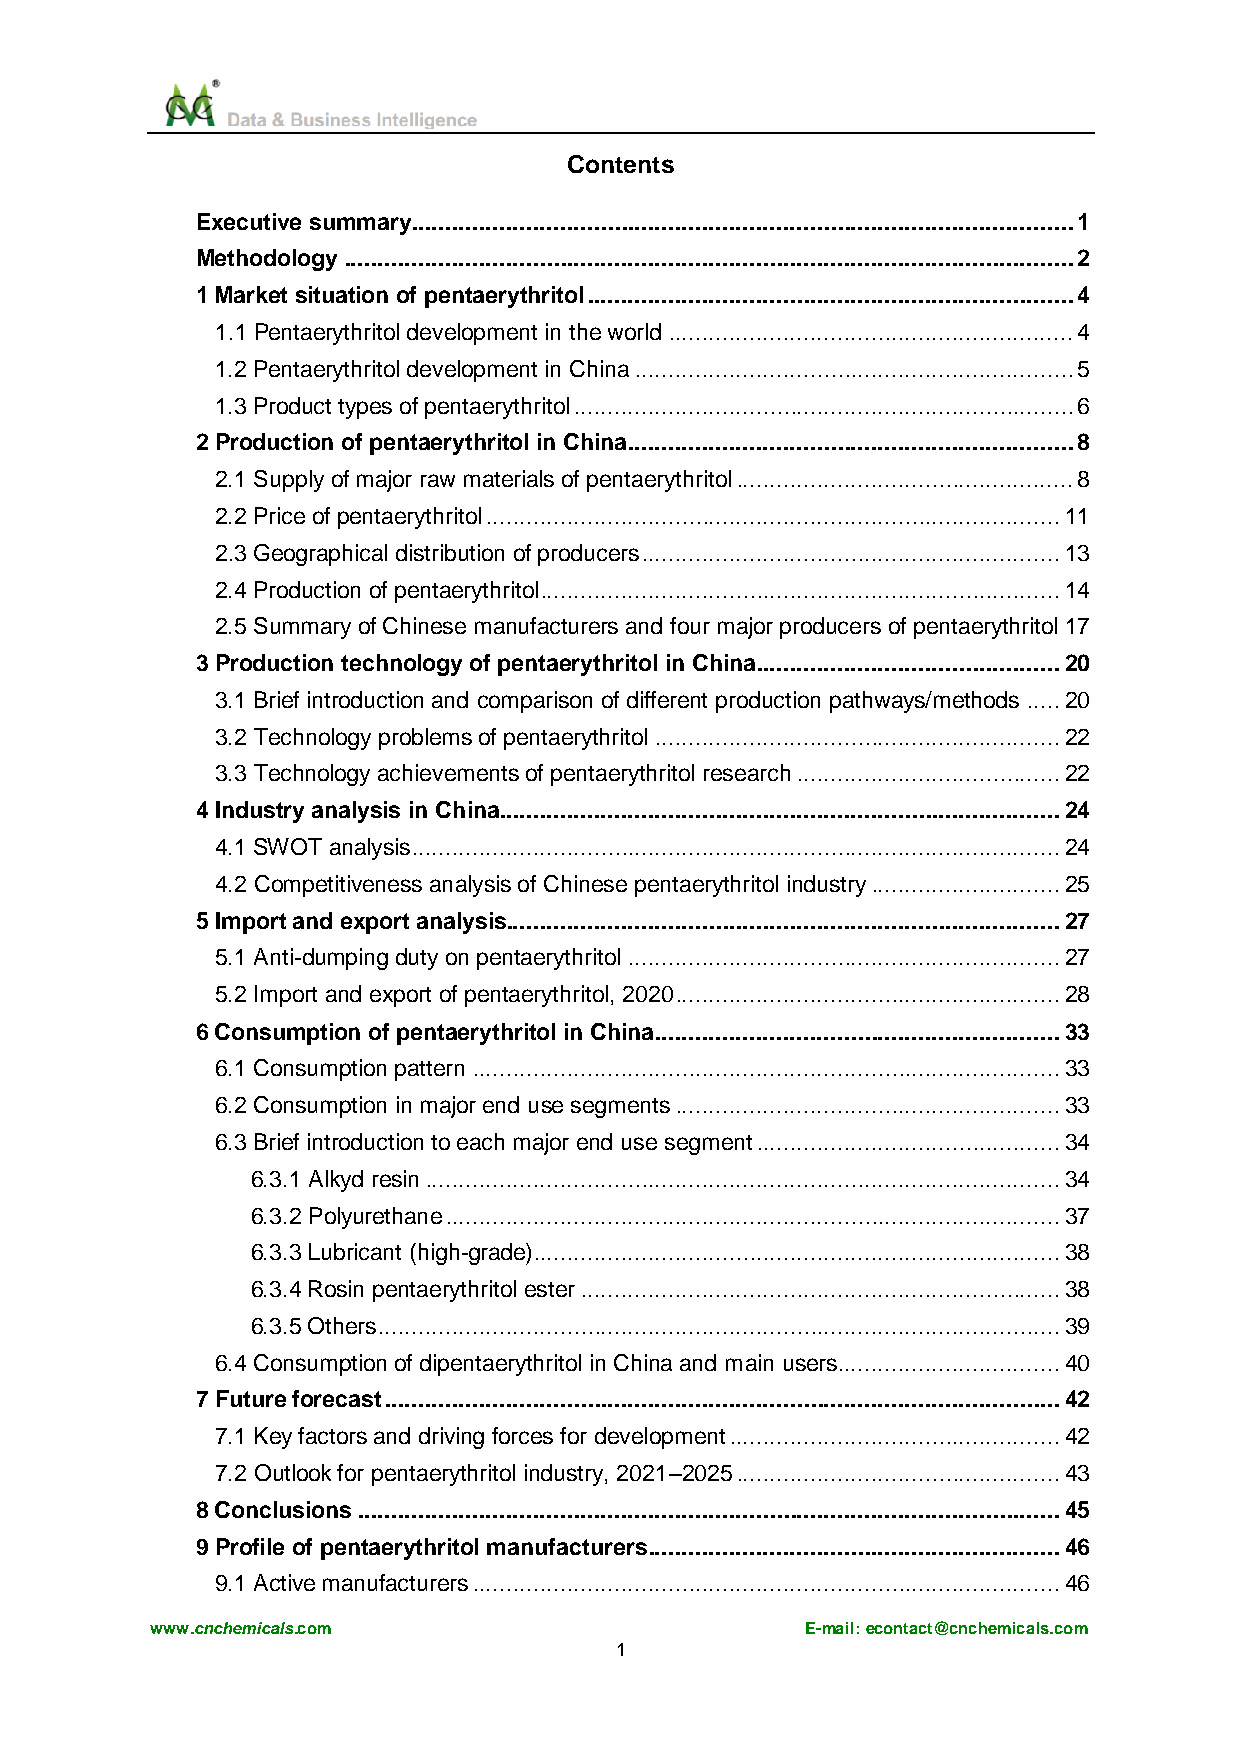
Contents
 Executive summary .................................................................................................. 1
 Methodology ............................................................................................................ 2
 1 Market situation of pentaerythritol ........................................................................ 4
 1.1 Pentaerythritol development in the world ............................................................ 4
 1.2 Pentaerythritol development in China ................................................................. 5
 1.3 Product types of pentaerythritol .......................................................................... 6
 2 Production of pentaerythritol in China .................................................................. 8
 2.1 Supply of major raw materials of pentaerythritol .................................................. 8
 2.2 Price of pentaerythritol ..................................................................................... 11
 2.3 Geographical distribution of producers .............................................................. 13
 2.4 Production of pentaerythritol............................................................................. 14
 2.5 Summary of Chinese manufacturers and four major producers of pentaerythritol 17
 3 Production technology of pentaerythritol in China............................................. 20
 3.1 Brief introduction and comparison of different production pathways/methods ..... 20
 3.2 Technology problems of pentaerythritol ............................................................ 22
 3.3 Technology achievements of pentaerythritol research ....................................... 22
 4 Industry analysis in China ................................................................................... 24
 4.1 SWOT analysis ................................................................................................ 24
 4.2 Competitiveness analysis of Chinese pentaerythritol industry ............................ 25
 5 Import and export analysis.................................................................................. 27
 5.1 Anti-dumping duty on pentaerythritol ................................................................ 27
 5.2 Import and export of pentaerythritol, 2020 ......................................................... 28
 6 Consumption of pentaerythritol in China ............................................................ 33
 6.1 Consumption pattern ....................................................................................... 33
 6.2 Consumption in major end use segments ......................................................... 33
 6.3 Brief introduction to each major end use segment ............................................. 34
 6.3.1 Alkyd resin .............................................................................................. 34
 6.3.2 Polyurethane ........................................................................................... 37
 6.3.3 Lubricant (high-grade).............................................................................. 38
 6.3.4 Rosin pentaerythritol ester ....................................................................... 38
 6.3.5 Others ..................................................................................................... 39
 6.4 Consumption of dipentaerythritol in China and main users................................. 40
 7 Future forecast .................................................................................................... 42
 7.1 Key factors and driving forces for development ................................................. 42
 7.2 Outlook for pentaerythritol industry, 2021–2025 ................................................ 43
 8 Conclusions ........................................................................................................ 45
 9 Profile of pentaerythritol manufacturers ............................................................. 46
 9.1 Active manufacturers ....................................................................................... 46
 www.cnchemicals.com                        E-mail: econtact@cnchemicals.com
 1